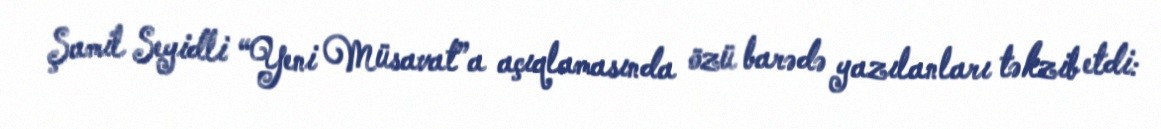
Şamil Seyidli “Yeni Müsavat”a açıqlamasında özü barədə yazılanları təkzib etdi: